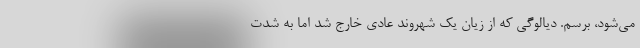
می‌شود، برسم. دیالوگی که از زیان یک شهروند عادی خارج شد اما به شدت